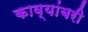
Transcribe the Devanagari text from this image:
काव्यांबरी